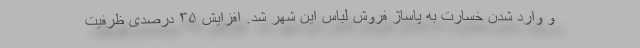
و وارد شدن خسارت به پاساژ فروش لباس این شهر شد. افزایش ۳۵ درصدی ظرفیت